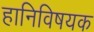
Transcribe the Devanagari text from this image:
हानिविषयक